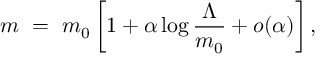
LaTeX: m \ = \ m _ { 0 } \left[ 1 + \alpha \log \frac { \Lambda } { m _ { 0 } } + o ( \alpha ) \right] ,